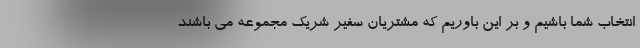
انتخاب شما باشیم و بر این باوریم که مشتریان سفیر شریک مجموعه می باشند